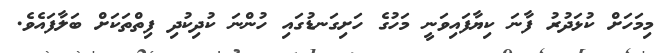
މިމަހަށް ކުޅަދުރު ފާނަ ކިޔާފައިވަނީ މަހުގެ ހަށިގަނޑުގައި ހުންނަ ކުދިކުދި ފިތްތަކަށް ބަލާފައެވެ.